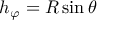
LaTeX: h _ { \varphi } = R \sin \theta